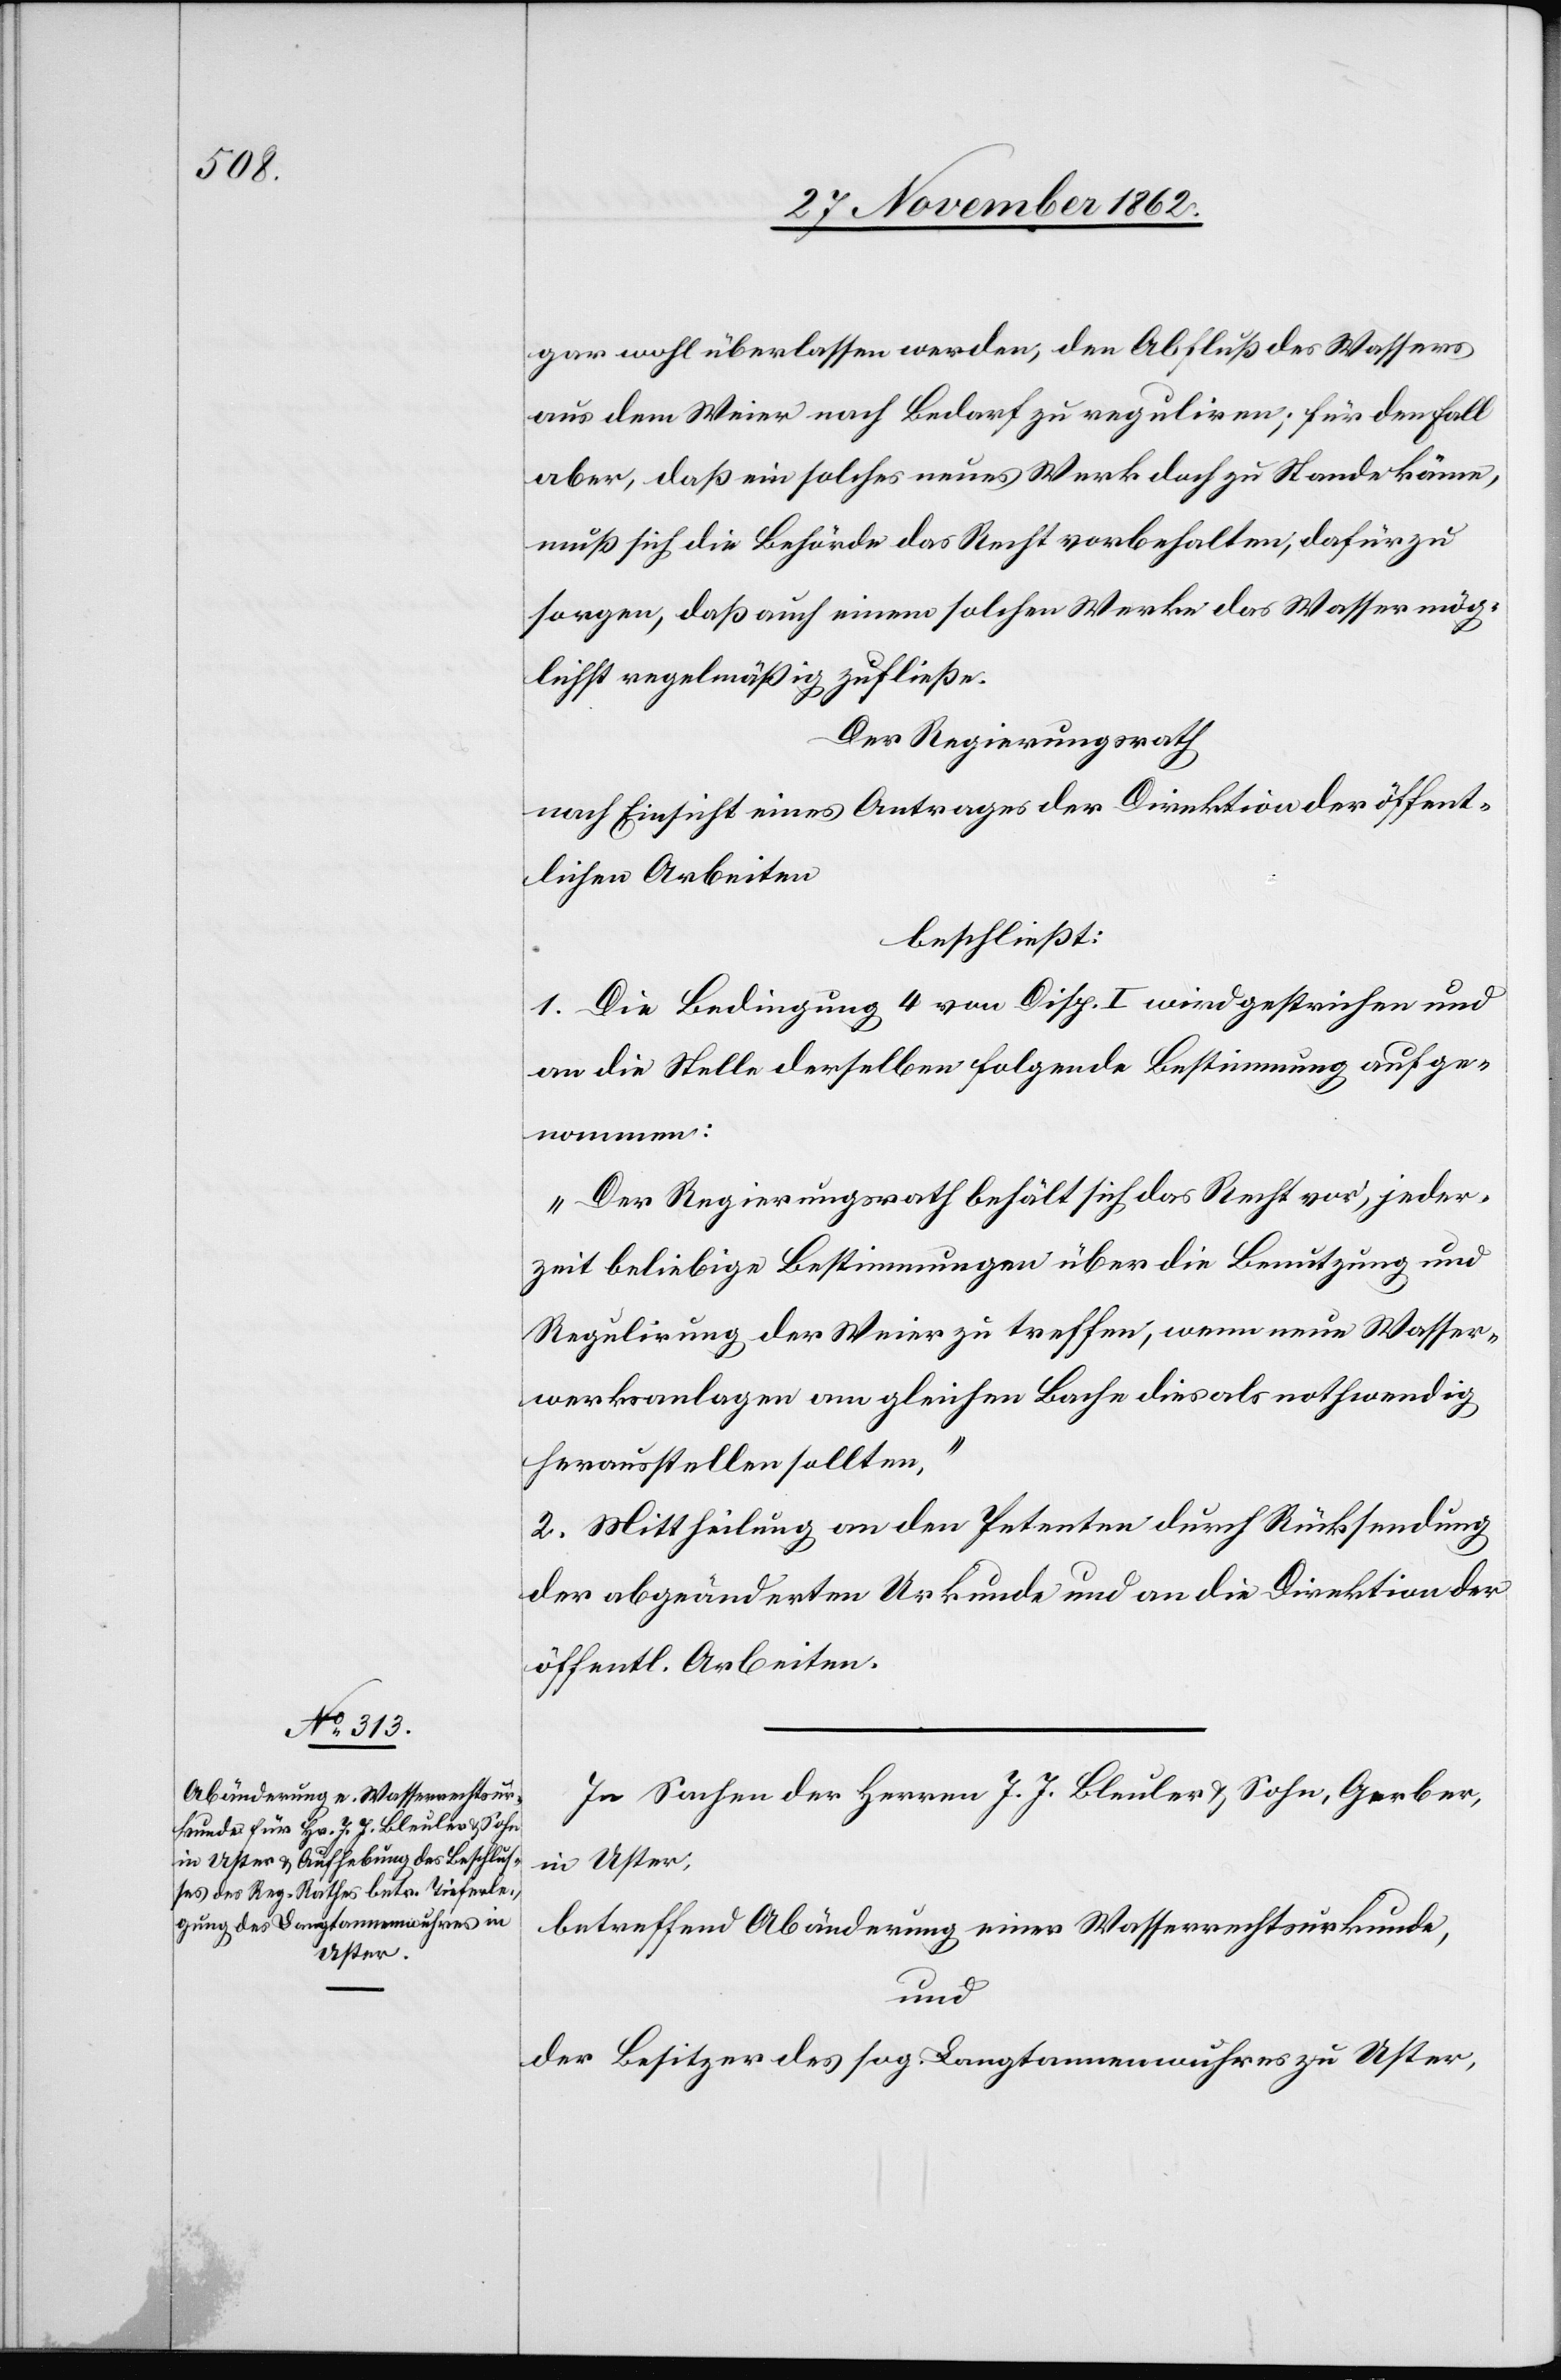
gar wohl überlassen werden, den Abfluß des Wassers
aus dem Weier nach Bedarf zu reguliren; für den Fall
aber, daß ein solches neues Werk doch zu Stande käme,
muß sich die Behörde das Recht vorbehalten, dafür zu
sorgen, daß auch einem solchen Werke das Wasser mög¬
lichst regelmäßig zufließe.
Der Regierungsrath
nach Einsicht eines Antrages der Direktion der öffent¬
lichen Arbeiten
beschließt:
1. Die Bedingung 4 von Disp. I wird gestrichen und
an die Stelle derselben folgende Bestimmung aufge¬
nommen:
„Der Regierungsrath behält sich das Recht vor, jeder¬
zeit beliebige Bestimmungen über die Benutzung und
Regulirung der Weier zu treffen, wenn neue Wasser¬
werksanlagen am gleichen Bache dies als nothwendig
herausstellen sollten.“
2. Mittheilung an den Petenten durch Rücksendung
der abgeänderten Urkunde und an die Direktion der
öffentl. Arbeiten.
In Sachen der Herren J. J. Bleuler u. Sohn, Gerber,
in Uster,
betreffend Abänderung einer Wasserrechtsurkunde,
und
der Besitzer des sog. Langtannenwuhres zu Uster,